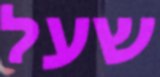
שעל